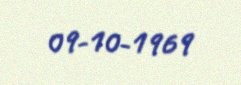
09-10-1969